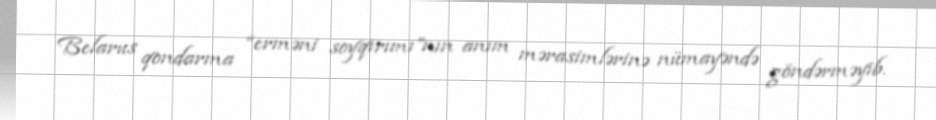
Belarus qondarma “erməni soyqırımı”nın anım mərasimlərinə nümayəndə göndərməyib.